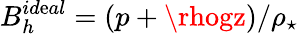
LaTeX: B_{h}^{id\mathrm{e}al}=(p+\rhogz)/\rho_{\star}